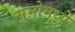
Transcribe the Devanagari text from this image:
सुमोमध्ये